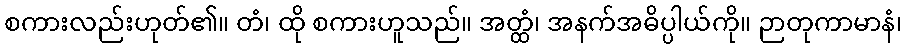
စကားလည်းဟုတ်၏။ တံ၊ ထို စကားဟူသည်။ အတ္ထံ၊ အနက်အဓိပ္ပါယ်ကို။ ဉာတုကာမာနံ၊